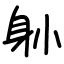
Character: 𨈓